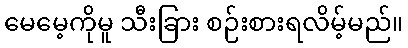
မေမေ့ကိုမူ သီးခြား စဉ်းစားရလိမ့်မည်။